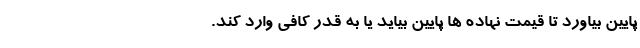
پایین بیاورد تا قیمت نهاده ها پایین بیاید یا به قدر کافی وارد کند.